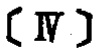
\left[ \mathrm{IV} \right]